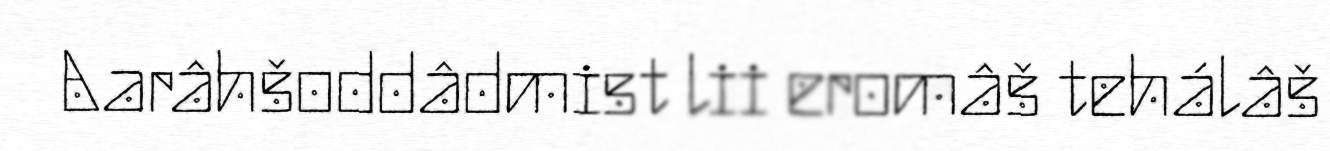
Aarâhšoddâdmist lii eromâš tehálâš